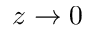
z \rightarrow 0